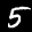
Label: 5